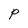
Character: P